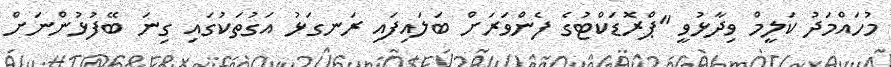
މުހައްމަދު ކަލީމް ވިދާޅުވީ "ޕްރޮޑަކްޓުގެ ފެންވަރަށް ބަލައިފައި ރަނގަޅު އަގުތަކުގައިި ގިނަ ބޭފުޅުންނަށް